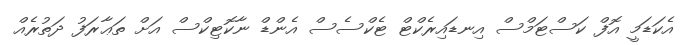
އެކަޑަމީ އޮފް ކަސްޓަމްސް އިނޑައިރެކްޓް ޓެކްސެސް އެންޑް ނާކޮޓިކްސް އަށް ތަޢާރަފު ދަތުރެއް